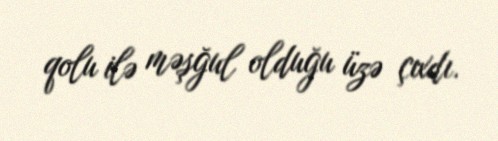
qolu ilə məşğul olduğu üzə çıxdı.